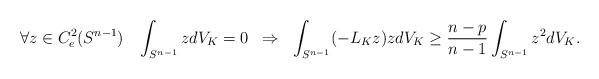
LaTeX: \begin{align*}\forall z \in C^2_e(S^{n-1}) \;\;\; \int_{S^{n-1}} z dV_K = 0 \;\; \Rightarrow \;\; \int_{S^{n-1}} (-L_K z) z dV_K \geq \frac{n-p}{n-1} \int_{S^{n-1}} z^2 dV_K . \end{align*}